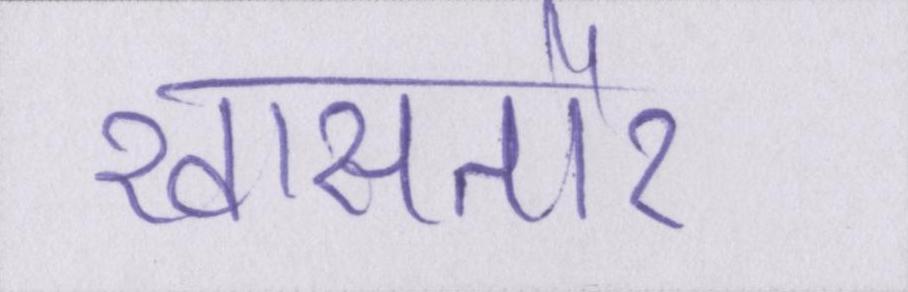
खासतौर